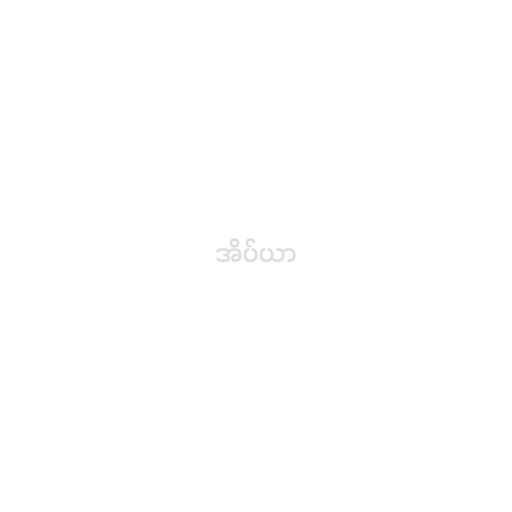
အိပ်ယာ